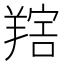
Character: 𦎩